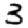
Digit: 3